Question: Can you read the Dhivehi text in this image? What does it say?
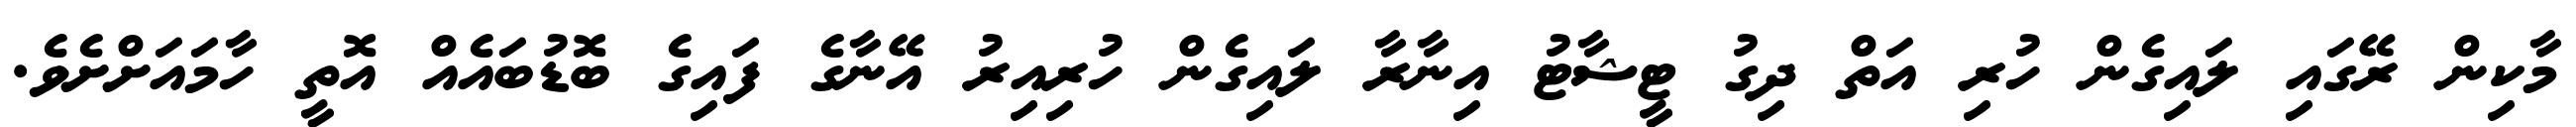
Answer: މާކިން ރޭގައި ލައިގެން ހުރި އަތް ދިގު ޓީޝާޓު އިނާރާ ލައިގެން ހުރިއިރު އޭނާގެ ފައިގެ ބޮޑުބައެއް އޮތީ ހާމައަށްށެވެ.